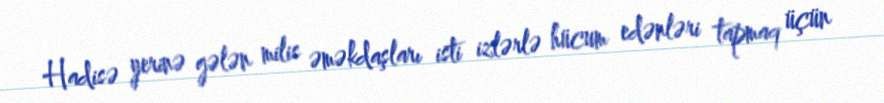
Hadisə yerinə gələn milis əməkdaşları isti izlərlə hücum edənləri tapmaq üçün